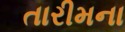
તારીમના